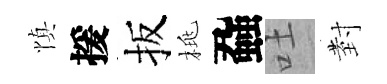
慎援扳桃蝨吐𭔹